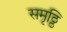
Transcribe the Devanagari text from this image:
समृठ्ठि